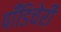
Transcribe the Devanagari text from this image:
पॉँडिचेरी